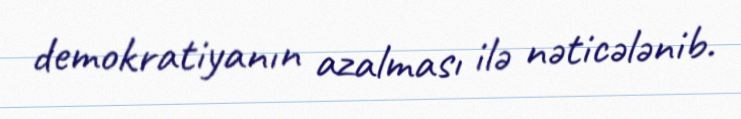
demokratiyanın azalması ilə nəticələnib.